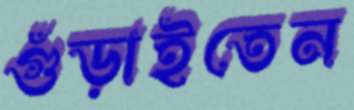
গুঁড়াইতেন